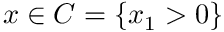
x \in C = \{ x _ { 1 } > 0 \}